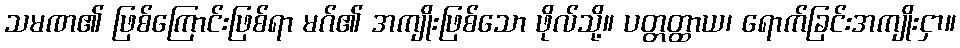
သမဏ၏ ဖြစ်ကြောင်းဖြစ်ရာ မဂ်၏ အကျိုးဖြစ်သော ဖိုလ်သို့။ ပတ္တတ္ထာယ၊ ရောက်ခြင်းအကျိုးငှာ။